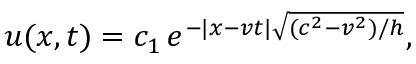
u ( x , t ) = c _ { 1 } \, e ^ { - \lvert x - v t \rvert \sqrt { ( c ^ { 2 } - v ^ { 2 } ) / h } } ,